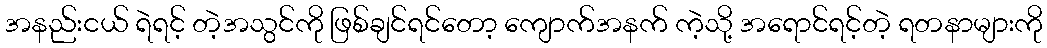
အနည်းငယ် ရဲရင့် တဲ့အသွင်ကို ဖြစ်ချင်ရင်တော့ ကျောက်အနက် ကဲ့သို့ အရောင်ရင့်တဲ့ ရတနာများကို